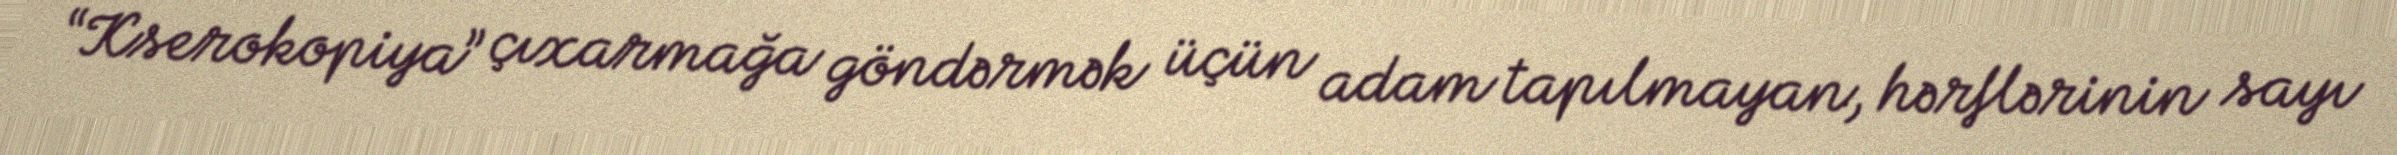
“Kserokopiya” çıxarmağa göndərmək üçün adam tapılmayan, hərflərinin sayı